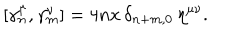
[ \gamma _ { n } ^ { \mu } , \gamma _ { m } ^ { \nu } ] = 4 n x \, \delta _ { n + m , 0 } \, \eta ^ { \mu \nu } .